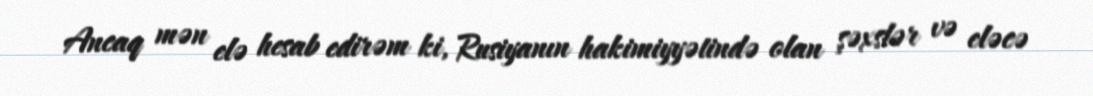
Ancaq mən elə hesab edirəm ki, Rusiyanın hakimiyyətində olan şəxslər və eləcə